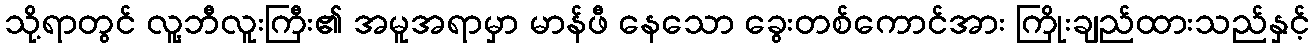
သို့ရာတွင် လူ့ဘီလူးကြီး၏ အမူအရာမှာ မာန်ဖီ နေသော ခွေးတစ်ကောင်အား ကြိုးချည်ထားသည်နှင့်